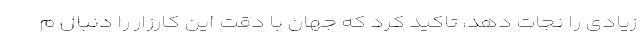
زیادی را نجات دهد، تاکید کرد که جهان با دقت این کارزار را دنبال م